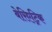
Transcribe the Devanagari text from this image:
बेरिएट्रिक